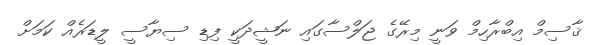
ޤާސިމް އިބްރާހިމް ވަނީ މިރޭގެ ޖަލްސާގައި ނަޝީދަކީ ފިޑި ސިޔާސީ ލީޑަރެއް ކަމަށް